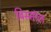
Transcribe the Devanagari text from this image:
बिस्मॉल